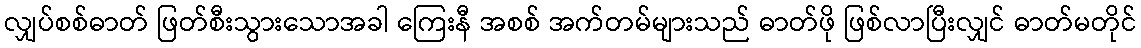
လျှပ်စစ်ဓာတ် ဖြတ်စီးသွားသောအခါ ကြေးနီ အစစ် အက်တမ်များသည် ဓာတ်ဖို ဖြစ်လာပြီးလျှင် ဓာတ်မတိုင်